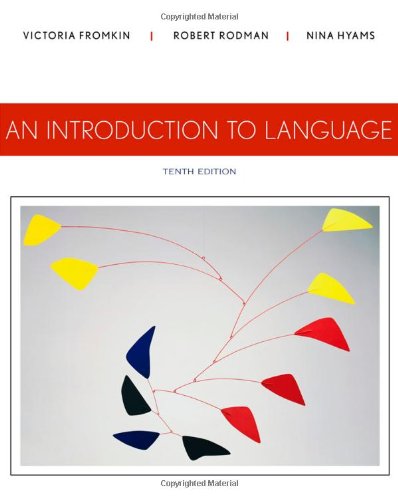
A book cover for An Introduction to Language; Victoria Fromkin; Politics & Social Sciences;